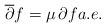
LaTeX: \begin{align*}\overline{\partial}f = \mu \,\partial f a.e.\end{align*}